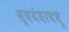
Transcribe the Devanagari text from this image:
स्वयंवरवधू